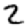
Digit: 2